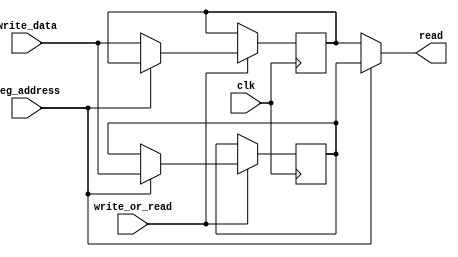
`timescale 1ns / 1ps

module Reg_File(
 input    clk,
 input write_or_read,  // daca e 1 vom face write
 input [15:0] write_data,
 input reg_address,
 output [15:0] read 
);

 reg [15:0] x, y;
 
 initial begin
   x <= 16'd0;
   y <= 16'd0;
 end
 
 always @ (posedge clk ) begin
   if(write_or_read) begin //daca e 1 => LOAD
     if(reg_address) begin
       y <= write_data;
     end
     else begin
       x <= write_data;
     end      
   end
 end
 

 assign read = reg_address ? y : x;
 
endmodule